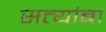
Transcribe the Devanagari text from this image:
सत्यांबा